Annual report of the Bengal Veterinary College and of the Civil Veterinary Department, Bengal, for the year 1899-1900 - 1899-1900
Year: 1899
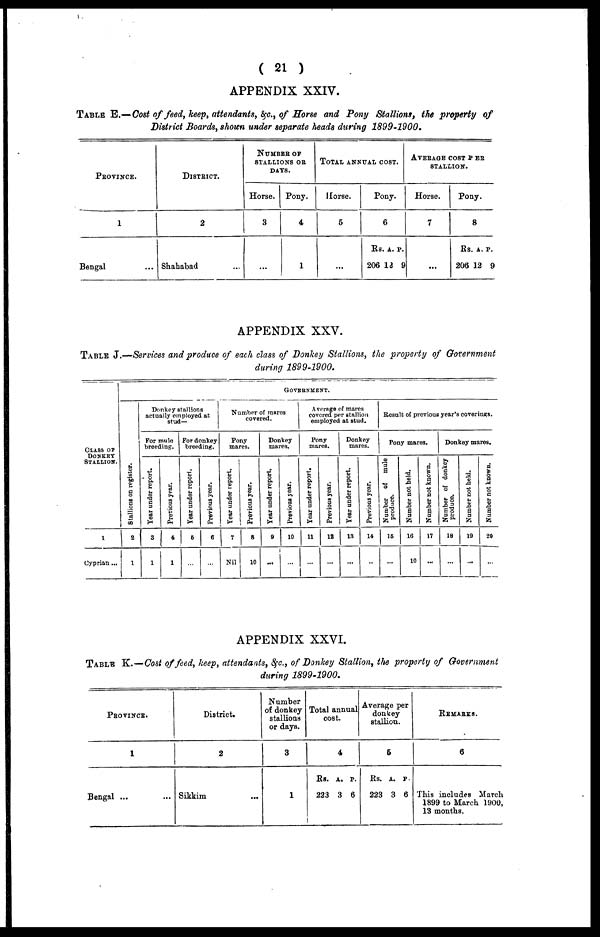
(21)
APPENDIX XXIV.
Table E.— Cost of feed, keep, attendants, &c., of Horse and Pony Stallions, the property of
District Boards, shoun under separate heads during 1899-1900.
Province.
1
Bengal
District.
2
Shahabad ...
Number of
stallions or
SAYS.
Horse.
3
...
Pony.
4
1
Total annual cost.
Horse.
5
...
Pony.
6
Rs. a. p.
206 12 9
Average cost per
stallion.
Horse.
7
...
Pony.
8
Rs. a. p.
206 12 9
APPENDIX XXV.
Table J.—Services and produce of each class of Donkey Stallions, the property of Government
during 1899-1900.
Class of
DONKEY
Stallion.
1
Cyprian ...
Government.
Stallions on register.
2
1
Donkey stallions
actually employed at
stud—
For mule
breeding.
Year under report.
3
1
Previous year.
4
1
For donkey
breeding.
Year under report.
5
...
Previous year.
6
...
Number of mares
covered.
Pony
mares.
Year under report.
7
Nil
Previous year.
8
10
Donkey
mares.
Year under report.
9
...
Previous year.
10
...
Average of mares
covered per stallion
employed at stud.
Pony
mares.
Year under report.
11
...
Previous year.
12
...
Donkey
mares.
Year under report.
13
...
Previous year.
14
...
Result of previous year's coverings.
Pony mares.
Number of mule
produce.
15
...
Number not held.
16
10
Number not known.
17
...
Donkey mares.
Number of donkey
produce.
18
...
Number not held.
19
...
Number not known.
20
...
APPENDIX XXVI.
Table K.—Cost of feed, keep, attendants, &c., of Donkey Stallion, the property of Government
during 1899-1900.
Province.
1
Bengal ...
District.
2
Sikkim ...
Number
of donkey
stallions
or days.
3
1
Total annual
cost.
4
Rs. a. p.
223 3 6
Average per
donkey
stallion.
5
Rs. a. p.
223 3 6
REMARKS
6
This includes March
1899 to March 1900,
13 months.